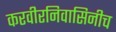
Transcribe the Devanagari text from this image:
करवीरनिवासिनीच